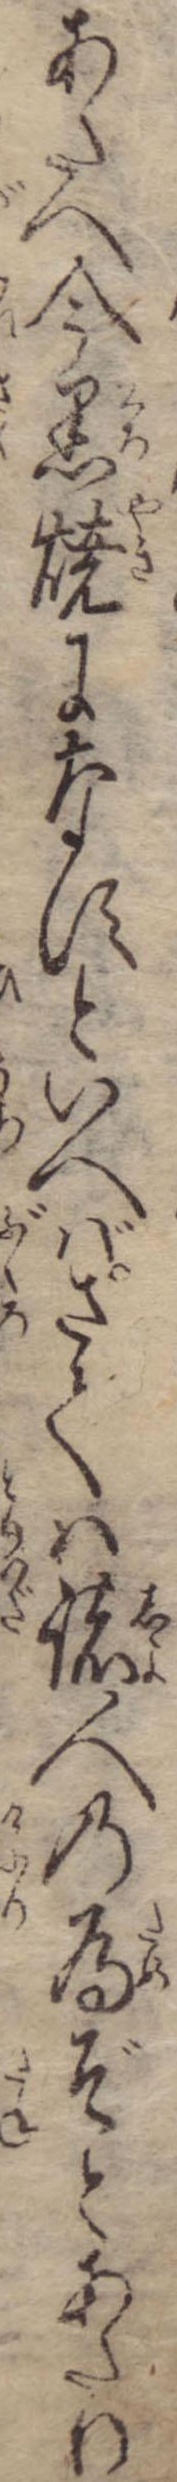
あたへ今黒焼になすといへばさては諸人の為ぞとあたり